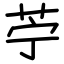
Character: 苧